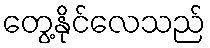
တွေ့နိုင်လေသည်